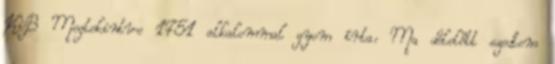
KiB Megtekintve 1751 alkalommal gyom írta: Ma délelőtt szedtem